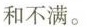
和不满。